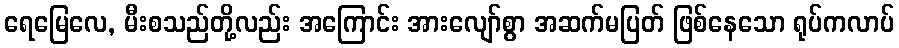
ရေမြေလေ, မီးစသည်တို့လည်း အကြောင်း အားလျော်စွာ အဆက်မပြတ် ဖြစ်နေသော ရုပ်ကလာပ်